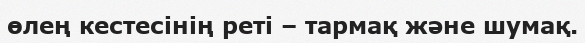
өлең кестесінің реті – тармақ және шумақ.